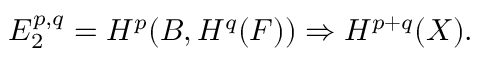
E _ { 2 } ^ { p , q } = H ^ { p } ( B , H ^ { q } ( F ) ) \Rightarrow H ^ { p + q } ( X ) .